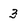
Character: 3